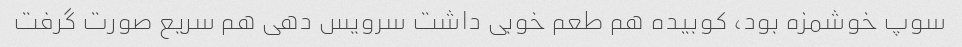
سوپ خوشمزه بود، کوبیده هم طعم خوبی داشت سرویس دهی هم سریع صورت گرفت